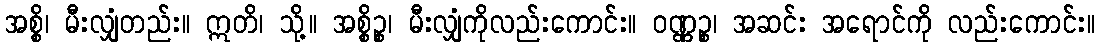
အစ္စိ၊ မီးလျှံတည်း။ ဣတိ၊ သို့။ အစ္စိဉ္စ၊ မီးလျှံကိုလည်းကောင်း။ ဝဏ္ဏဉ္စ၊ အဆင်း အရောင်ကို လည်းကောင်း။